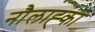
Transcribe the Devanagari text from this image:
नौलाह्का